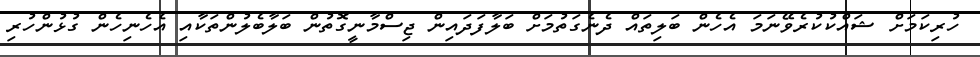
ހުރިކަމަށް ޝައްކުކުރެވޭނަމަ އެހެން ބަލިތައް ދެނެގަތުމަށް ބަލާފަދައިން ޖިސްމާނީގޮތުން ބަލާބެލުންތަކާއި އެހެނިހެން ގުޅުންހުރި